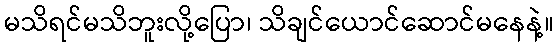
မသိရင်မသိဘူးလို့ပြော၊ သိချင်ယောင်ဆောင်မနေနဲ့။